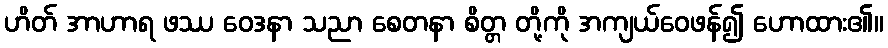
ဟိတ် အာဟာရ ဖဿ ဝေဒနာ သညာ စေတနာ စိတ္တ တို့ကို အကျယ်ဝေဖန်၍ ဟောထား၏။